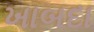
ખાબદા